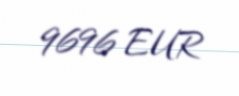
9696 EUR